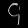
Digit: ၄